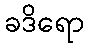
ခဒိရော